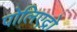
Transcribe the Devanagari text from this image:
पोलिएद्रो